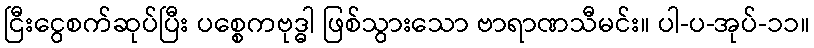
ငြီးငွေစက်ဆုပ်ပြီး ပစ္စေကဗုဒ္ဓါ ဖြစ်သွားသော ဗာရာဏသီမင်း။ ပါ-ပ-အုပ်-၁၁။